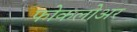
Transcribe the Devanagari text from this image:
फोकलोअर